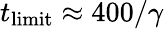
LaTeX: t_{{\mathrm{limit}}}\approx 400/\gamma